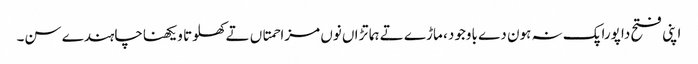
اپنی فتح دا پورا پک نہ ہون دے باوجود ، ماڑے تے ہماتڑاں نوں مزاحمتاں تے کھلوتا ویکھناچاہندے سن۔